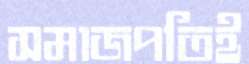
সমাজপতিই